Scottish Education Department, 1936
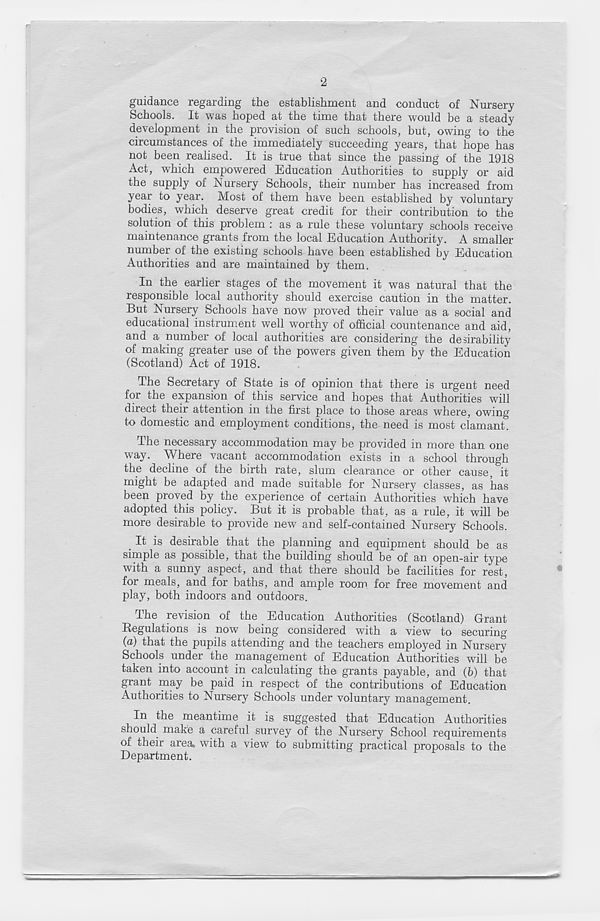
2
guidance regarding the establishment and conduct of Nursery
Schools. It was hoped at the time that there would be a steady
development in the provision of such schools, but, owing to the
circumstances of the immediately succeeding years, that hope has
not been realised. It is true that since the passing of the 1918
Act, which empowered Education Authorities to supply or aid
the supply of Nursery Schools, their number has increased from
year to year. Most of them have been established by voluntary
bodies, which deserve great credit for their contribution to the
solution of this problem : as a rule these voluntary schools receive
maintenance grants from the local Education Authority. A smaller
number of the existing schools have been established by Education
Authorities and are maintained by them.
In the earlier stages of the movement it was natural that the
responsible local authority should exercise caution in the matter.
But Nursery Schools have now proved their value as a social and
educational instrument well worthy of official countenance and aid,
and a number of local authorities are considering the desirability
of making greater use of the powers given them by the Education
(Scotland) Act of 1918.
The Secretary of State is of opinion that there is urgent need
for the expansion of this service and hopes that Authorities will
direct their attention in the first place to those areas where, owing
to domestic and employment conditions, the need is most clamant.
The necessary accommodation may be provided in more than one
way. Where vacant accommodation exists in a school through
the decline of the birth rate, slum clearance or other cause, it
might be adapted and made suitable for Nursery classes, as has
been proved by the experience of certain Authorities which have
adopted this policy. But it is probable that, as a rule, it will be
more desirable to provide new and self-contained Nursery Schools.
It is desirable that the planning and equipment should be as
simple as possible, that the building should be of an open-air type
with a sunny aspect, and that there should be facilities for rest,
for meals, and for baths, and ample room for free movement and
play, both indoors and outdoors.
The revision of the Education Authorities (Scotland) Grant
Regulations is now being considered with a view to securing
(a) that the pupils attending and the teachers employed in Nursery
Schools under the management of Education Authorities will be
taken into account in calculating the grants payable, and (b) that
grant may be paid in respect of the contributions of Education
Authorities to Nursery Schools under voluntary management.
In the meantime it is suggested that Education Authorities
should make a careful survey of the Nursery School requirements
of their area, with a view to submitting practical proposals to the
Department.